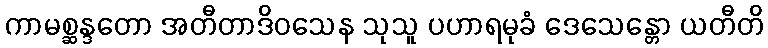
ကာမစ္ဆန္ဒတော အတီတာဒိဝသေန သုသူ ပဟာရမုခံ ဒေသေန္တော ယတီတိ